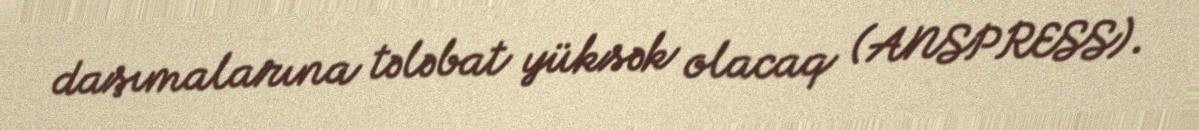
daşımalarına tələbat yüksək olacaq (ANSPRESS).